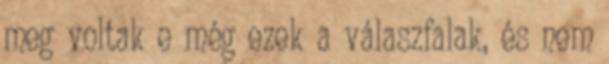
meg voltak e még ezek a válaszfalak, és nem